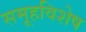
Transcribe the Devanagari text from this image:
समूहविशेष